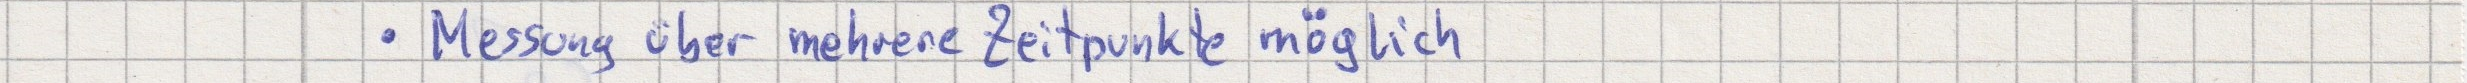
- Messung über mehrere Zeitpunkte möglich